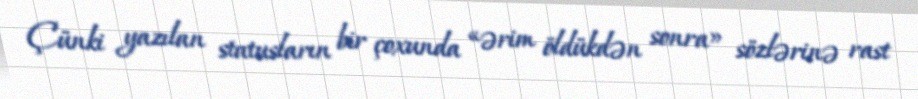
Çünki yazılan statusların bir çoxunda «ərim öldükdən sonra» sözlərinə rast